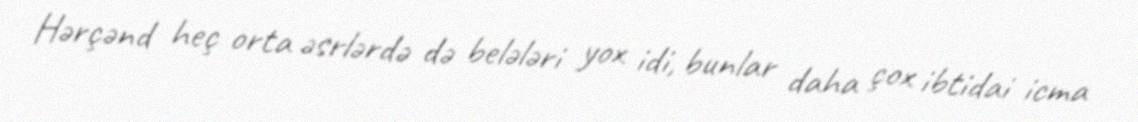
Hərçənd heç orta əsrlərdə də belələri yox idi, bunlar daha çox ibtidai icma